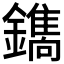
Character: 𮣛